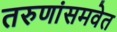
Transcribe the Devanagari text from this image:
तरुणांसमवेत